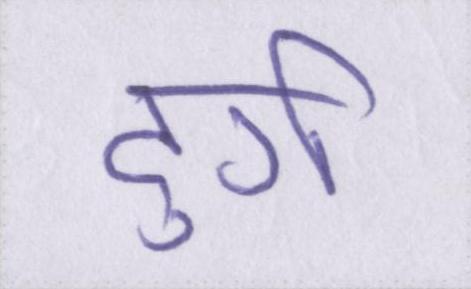
दुर्ग